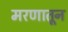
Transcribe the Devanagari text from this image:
मरणातून